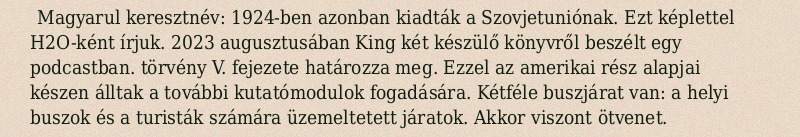
Magyarul keresztnév: 1924-ben azonban kiadták a Szovjetuniónak. Ezt képlettel H2O-ként írjuk. 2023 augusztusában King két készülő könyvről beszélt egy podcastban. törvény V. fejezete határozza meg. Ezzel az amerikai rész alapjai készen álltak a további kutatómodulok fogadására. Kétféle buszjárat van: a helyi buszok és a turisták számára üzemeltetett járatok. Akkor viszont ötvenet.